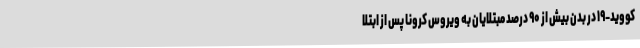
کووید-۱۹ در بدن بیش از ۹۰ درصد مبتلایان به ویروس کرونا پس از ابتلا